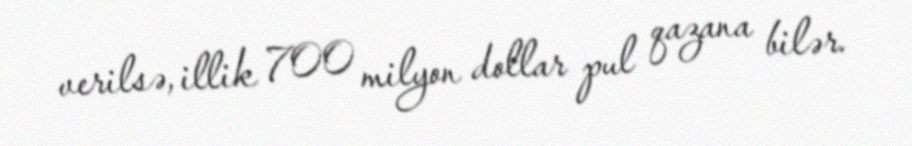
verilsə, illik 700 milyon dollar pul qazana bilər.